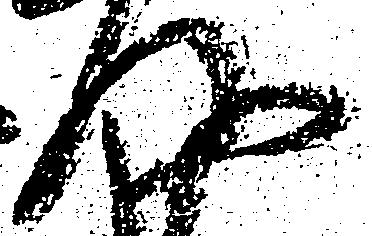
及